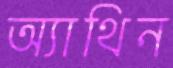
অ্যাথিন